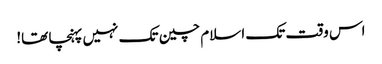
اس وقت تک اسلام چین تک نہیں پہنچا تھا!